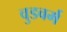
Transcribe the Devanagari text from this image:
वुडवर्म